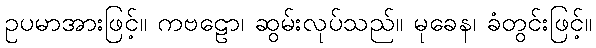
ဥပမာအားဖြင့်။ ကဗဠော၊ ဆွမ်းလုပ်သည်။ မုခေန၊ ခံတွင်းဖြင့်။